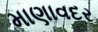
માણાવદર